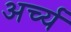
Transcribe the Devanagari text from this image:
अर्च्य